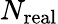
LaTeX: N_{\mathrm{real}}